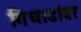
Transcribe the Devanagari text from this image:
गिधाडांवर